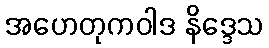
အဟေတုကဝါဒ နိဒ္ဒေသ